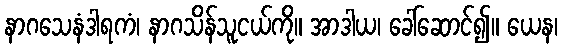
နာဂသေနံဒါရကံ၊ နာဂသိန်သူငယ်ကို။ အာဒါယ၊ ခေါ်ဆောင်၍။ ယေန၊